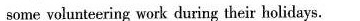
some volunteering work during their holidays.